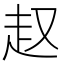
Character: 𧺉